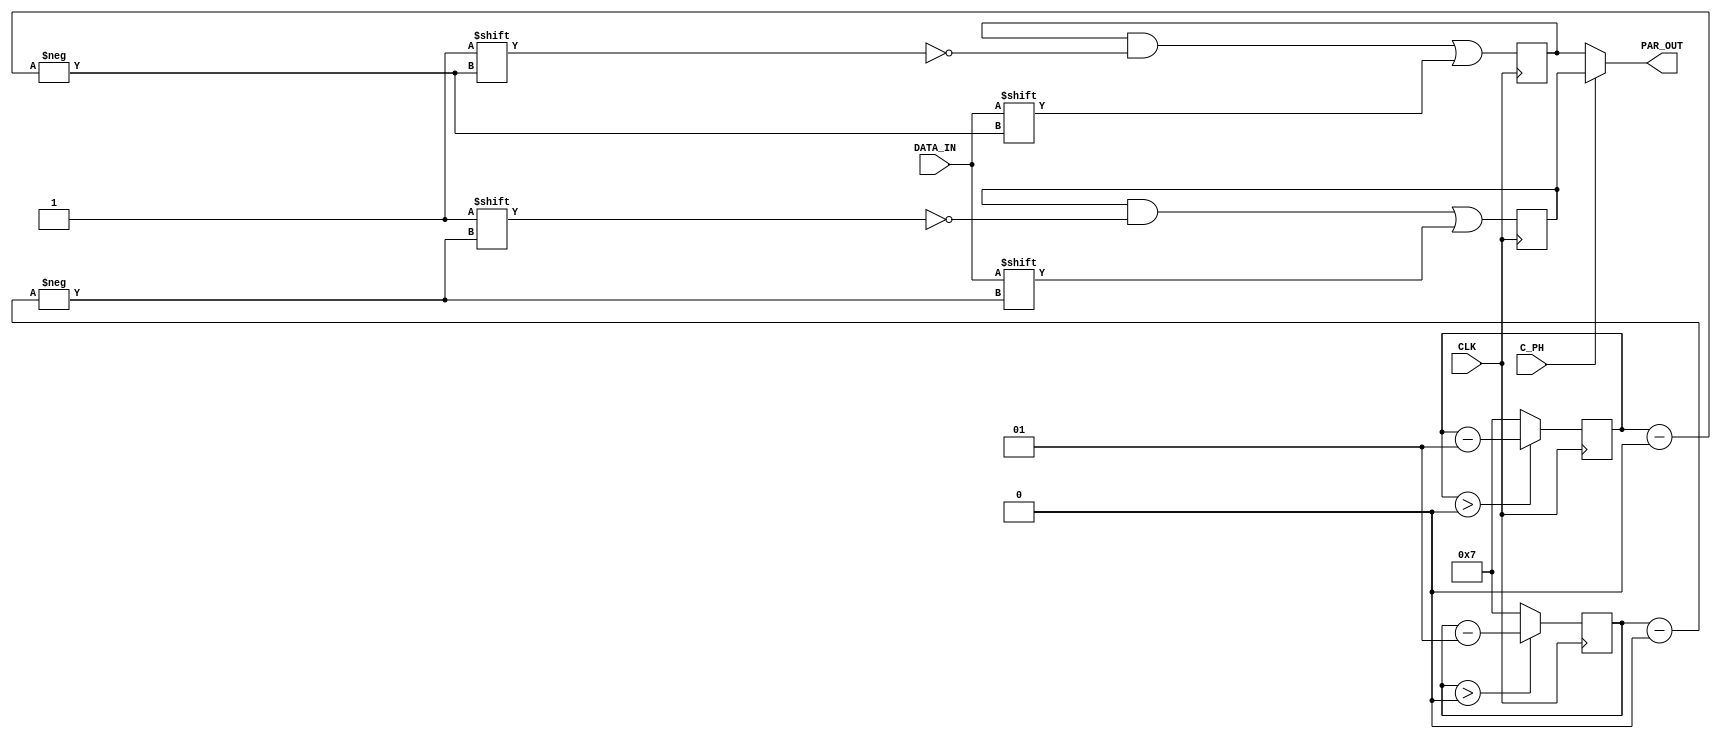
module SIPO(PAR_OUT, CLK, DATA_IN, C_PH);
	parameter D_Pack = 8;

	output [D_Pack-1:0] PAR_OUT;
	
	input CLK, DATA_IN, C_PH;
	
	reg [D_Pack-1:0] temp_pos, temp_neg;
	reg [D_Pack - 1:0] par_pos, par_neg;
	
//	parameter TEMP = 0;
	
	integer index_pos = 7;
	integer index_neg = 7;
	
	always @(posedge CLK)
	begin
		temp_pos[index_pos] = DATA_IN;
		if(index_pos > 0)
			index_pos = index_pos - 1;
		else
			begin
				par_pos = temp_pos;
				index_pos = 7;
			end
	end
	
	always @(negedge CLK)
	begin
		temp_neg[index_neg] = DATA_IN;
		if(index_neg > 0)
			index_neg = index_neg - 1;
		else
			begin
				par_neg = temp_neg;
				index_neg = 7;
			end
	end
	
	assign PAR_OUT = C_PH ? temp_neg : temp_pos;

endmodule